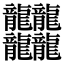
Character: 𪚥